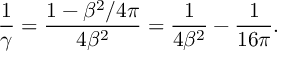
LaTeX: { \frac { 1 } { \gamma } } = { \frac { 1 - \beta ^ { 2 } / 4 \pi } { 4 \beta ^ { 2 } } } = { \frac { 1 } { 4 \beta ^ { 2 } } } - { \frac { 1 } { 1 6 \pi } } .